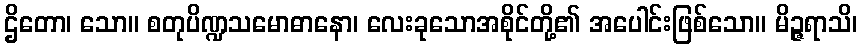
ဌိတော၊ သော။ စတုပိဏ္ဍသမောဓာနော၊ လေးခုသောအစိုင်တို့၏ အပေါင်းဖြစ်သော။ မိဉ္ဇရာသိ၊